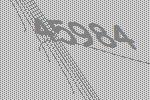
45984